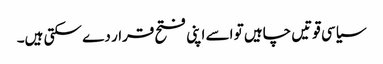
سیاسی قوتیں چاہیں تو اسے اپنی فتح قرار دے سکتی ہیں۔